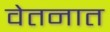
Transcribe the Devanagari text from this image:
वेतनात